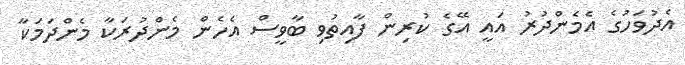
އެދުވަހުގެ އެމެންދުރު އައީ އޭގެ ކުރިން ފާއިތުވި ބާވީސް އެހެން މެންދުރަކާ މެންދަމަކާ